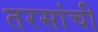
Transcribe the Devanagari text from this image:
तरसांची